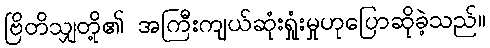
ဗြိတိသျှတို့၏ အကြီးကျယ်ဆုံးရှုံးမှုဟုပြောဆိုခဲ့သည်။